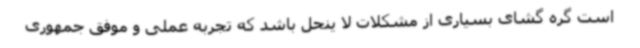
است گره گشای بسیاری از مشکلات لا ینحل باشد که تجربه عملی و موفق جمهوری